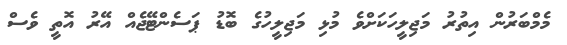
މެމްބަރުން އިތުރު މަޖިލީހަކަށްވެ މުޅި މަޖިލީހުގެ ބޮޑު ޕަސެންޓޭޖެއް އޭރު އޮތީ ވެސް